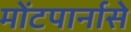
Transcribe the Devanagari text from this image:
मोंटपार्नासे